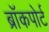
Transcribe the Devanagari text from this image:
ब्रॉकपोर्ट